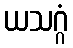
ယသဂ္ဂံ